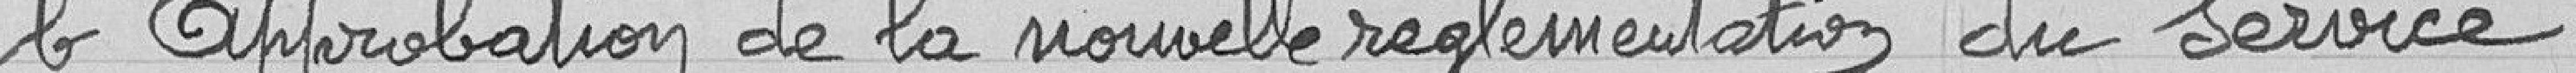
b Approbation de la nouvelle réglementation du servive